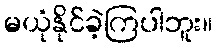
မယုံနိုင်ခဲ့ကြပါဘူး။